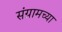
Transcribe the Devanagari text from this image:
संग्रामच्या